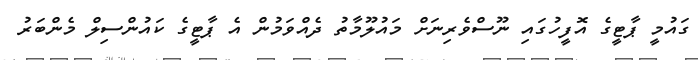
ގައުމީ ޕާޓީގެ އޮފީހުގައި ނޫސްވެރިނަށް މައުލޫމާތު ދެއްވަމުން އެ ޕާޓީގެ ކައުންސިލް މެންބަރު